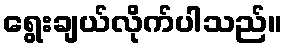
ရွေးချယ်လိုက်ပါသည်။